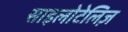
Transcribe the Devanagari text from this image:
साइलोटेलिज़